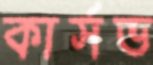
কার্সভ